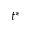
t ^ { * }